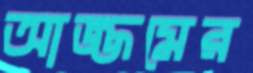
আজ্জমের